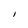
Character: I